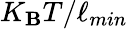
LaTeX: K_{\mathbf{B}}T/\ell_{min}